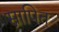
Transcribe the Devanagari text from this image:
स्नापित